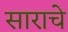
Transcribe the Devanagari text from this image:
साराचे